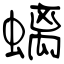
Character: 螭